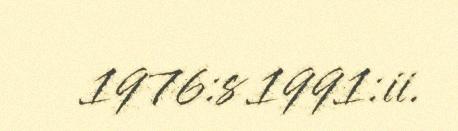
1976:s 1991:ii.